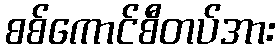
စစ်ကောင်စီတပ်အား